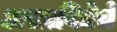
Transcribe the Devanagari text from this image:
अस्त्रविद्येचे